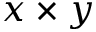
x \times y